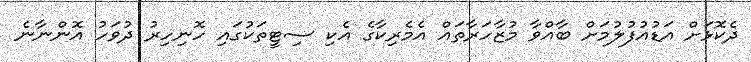
ދެކޮޅަށް އަޑުއުފުލުމަށް ބާއްވާ މުޒާހަރާތައް އެމެރިކާގެ އެކި ސިޓީތަކުގައި ހޮނިހިރު ދުވަހު އޮންނާނެ